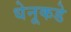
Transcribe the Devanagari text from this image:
धेनूकडे